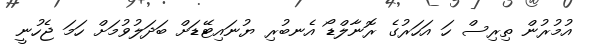
އުމުރުން ތިރިސް ހަ އަހަރުގެ ރޮނާލްޑޯ އެނބުރި ޔުނައިޓޭޑަށް ބަދަލުވުމަށް ހަމަ ޖެހުނީ